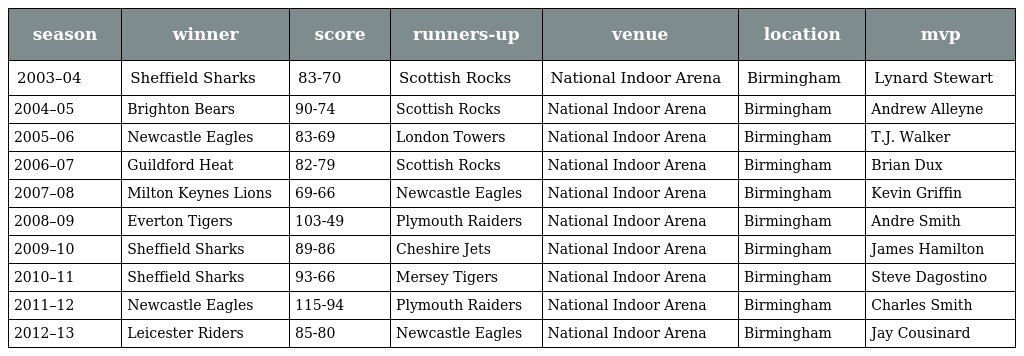
| season | winner | score | runners-up | venue | location | mvp |
 | --- | --- | --- | --- | --- | --- | --- |
 | 2003–04 | Sheffield Sharks | 83-70 | Scottish Rocks | National Indoor Arena | Birmingham | Lynard Stewart |
 | 2004–05 | Brighton Bears | 90-74 | Scottish Rocks | National Indoor Arena | Birmingham | Andrew Alleyne |
 | 2005–06 | Newcastle Eagles | 83-69 | London Towers | National Indoor Arena | Birmingham | T.J. Walker |
 | 2006–07 | Guildford Heat | 82-79 | Scottish Rocks | National Indoor Arena | Birmingham | Brian Dux |
 | 2007–08 | Milton Keynes Lions | 69-66 | Newcastle Eagles | National Indoor Arena | Birmingham | Kevin Griffin |
 | 2008–09 | Everton Tigers | 103-49 | Plymouth Raiders | National Indoor Arena | Birmingham | Andre Smith |
 | 2009–10 | Sheffield Sharks | 89-86 | Cheshire Jets | National Indoor Arena | Birmingham | James Hamilton |
 | 2010–11 | Sheffield Sharks | 93-66 | Mersey Tigers | National Indoor Arena | Birmingham | Steve Dagostino |
 | 2011–12 | Newcastle Eagles | 115-94 | Plymouth Raiders | National Indoor Arena | Birmingham | Charles Smith |
 | 2012–13 | Leicester Riders | 85-80 | Newcastle Eagles | National Indoor Arena | Birmingham | Jay Cousinard |